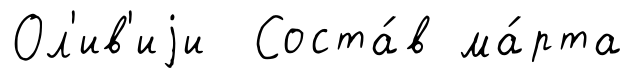
Ол'ив'иjи Соста́в ма́рта